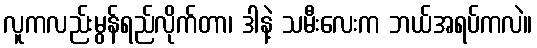
လူကလည်းမွန်ရည်လိုက်တာ၊ ဒါနဲ့ သမီးလေးက ဘယ်အရပ်ကလဲ။